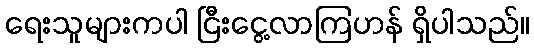
ရေးသူများကပါ ငြီးငွေ့လာကြဟန် ရှိပါသည်။